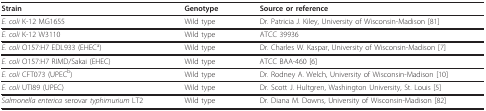
| Strain | Genotype | Source or reference |
 | --- | --- | --- |
 | E. coli K-12 MG1655 | Wild type | Dr. Patricia J. Kiley, University of Wisconsin-Madison [81] |
 | E. coli K-12 W3110 | Wild type | ATCC 39936 |
 | E. coli O157:H7 EDL933 (EHECa) | Wild type | Dr. Charles W. Kaspar, University of Wisconsin-Madison [7] |
 | E. coli O157:H7 RIMD/Sakai (EHEC) | Wild type | ATCC BAA-460 [6] |
 | E. coli CFT073 (UPECb) | Wild type | Dr. Rodney A. Welch, University of Wisconsin-Madison [10] |
 | E. coli UTI89 (UPEC) | Wild type | Dr. Scott J. Hultgren, Washington University, St. Louis [5] |
 | Salmonella enterica serovar typhimurium LT2 | Wild type | Dr. Diana M. Downs, University of Wisconsin-Madison [82] |